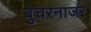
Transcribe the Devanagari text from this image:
बुचरनाजर